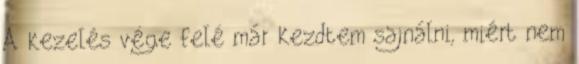
A kezelés vége felé már kezdtem sajnálni, miért nem